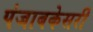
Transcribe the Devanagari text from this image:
पंजाबकेसरी